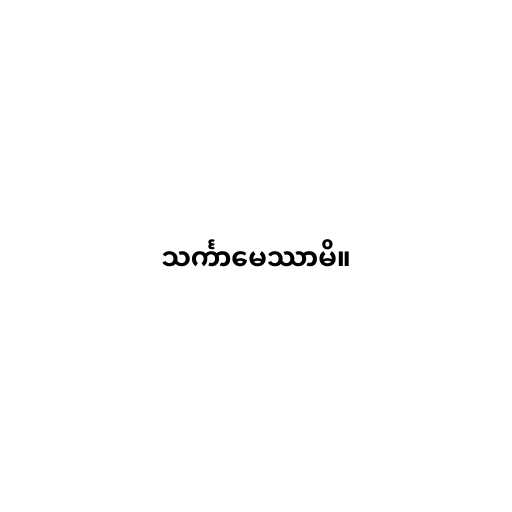
သင်္ကာမေဿာမိ။